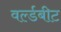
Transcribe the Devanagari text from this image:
वर्ल्डबीट